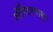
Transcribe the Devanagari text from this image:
ऑस्टिनपासून